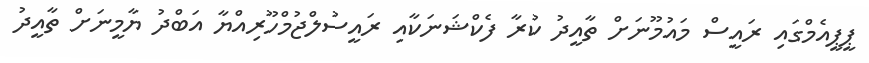
ޕީޕީއެމްގައި ރައީސް މައުމޫނަށް ތާއީދު ކުރާ ފެކްޝަނަކާއި ރައީސުލްޖުމްހޫރިއްޔާ އަބްދު ޔާމީނަށް ތާއީދު